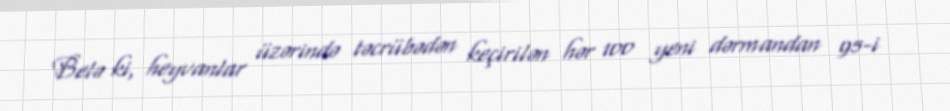
Belə ki, heyvanlar üzərində təcrübədən keçirilən hər 100 yeni dərmandan 95-i